Scientific memoirs by medical officers of the Army of India - Part III,
Year: 1887
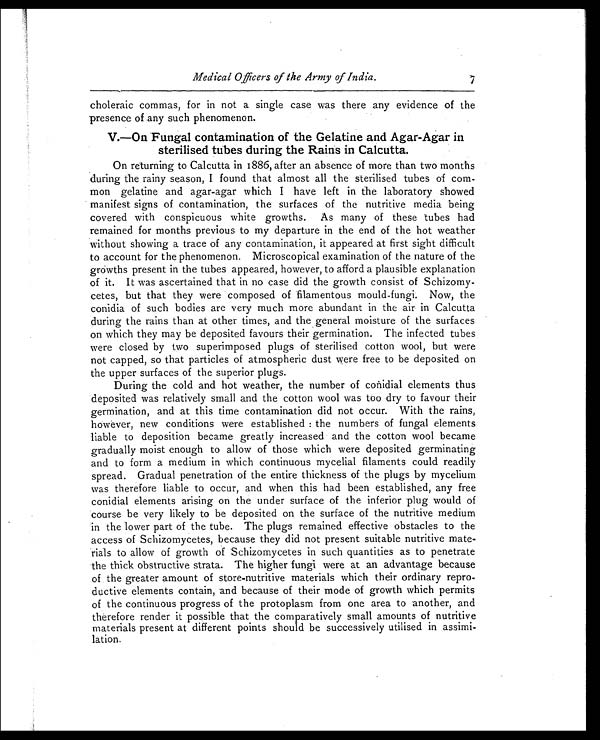
Medical Officers of the Army of India. 7
choleraic commas, for in not a single case was there any evidence of the
presence of any such phenomenon.
V.—On 'Fungal contamination of the Gelatine and Agar-Agar in
sterilised tubes during the Rains in Calcutta.
On returning to Calcutta in 1886, after an absence of more than two months
during the rainy season, I found that almost all the sterilised tubes of com-
mon gelatine and agar-agar which I have left in the laboratory showed
manifest signs of contamination, the surfaces of the nutritive media being
covered with conspicuous white growths. As many of these 'tubes had
remained for months previous to my departure in the end of the hot weather
without showing a trace of any contamination, it appeared at first sight difficult
to account for the phenomenon. Microscopical examination of the nature of the
growths present in the tubes appeared, however, to afford a plausible explanation
of it. It was ascertained that in no case did the growth consist of Schizomy-
cetes, but that they were composed of 'filamentous mould-fungi. Now, the
conidia of such bodies are very much more abundant in the air in Calcutta
during the rains than at other times, and the general moisture of the surfaces
on which they may be deposited favours their germination. The infected tubes
were closed by two superimposed plugs of sterilised cotton wool, but were
not capped, so that particles of atmospheric dust were free to be deposited on
the upper surfaces of the superior plugs.
During the cold and hot weather, the number of conidial elements thus
deposited was relatively small and the cotton wool was too dry to favour their
germination, and at this time contamination did not occur. With the rains,
however, new conditions were established: the numbers of fungal elements
liable to deposition became greatly increased and the cotton wool became
gradually moist enough to allow of those which were deposited germinating
and to form a medium in which continuous mycelial filaments could readily
spread. Gradual penetration of the entire thickness of the plugs by mycelium
was therefore liable to occur, and when this had been established, any free
conidial elements arising on the under surface of the inferior 'plug would of
course be very likely to be deposited on the surface of the nutritive medium
in the lower part of the tube. The plugs remained effective obstacles to the
access of Schizomycetes, because they did not present suitable nutritive mate-
rials to allow of growth of Schizomycetes in such quantities as to penetrate
the thick obstructive strata. The higher fungi were at an advantage because
of the greater amount of store-nutritive materials which their ordinary repro-
ductive elements contain, 'and because of their mode of growth which permits
of the continuous progress of the protoplasm from one area to another, and
therefore render it possible that the comparatively small amounts of nutritive
materials present at different points should be successively utilised in assimi-
lation.